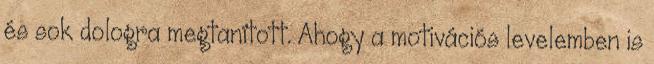
és sok dologra megtanított. Ahogy a motivációs levelemben is